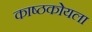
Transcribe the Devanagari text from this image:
काष्ठकोयला